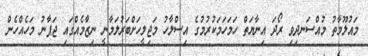
މައުލޫމާތު މުއްސަނދިވި ރޯދަ އިނާޔަތް ހަމަހަމަކުރުމުގެ އިސްލާހު މަޖިލީހަށްބަރުލަމާނީ ނިޒާމެއްގައި ޖަޕާނު މަހެއްހެން